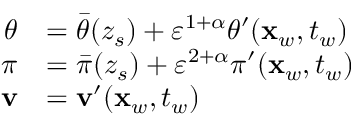
\begin{array} { r l } { \theta } & { = \bar { \theta } ( z _ { s } ) + { \varepsilon } ^ { 1 + \alpha } \theta ^ { \prime } ( \mathbf { x } _ { w } , t _ { w } ) } \\ { \pi } & { = \bar { \pi } ( z _ { s } ) + { \varepsilon } ^ { 2 + \alpha } \pi ^ { \prime } ( \mathbf { x } _ { w } , t _ { w } ) } \\ { \mathbf { v } } & { = \mathbf { v } ^ { \prime } ( \mathbf { x } _ { w } , t _ { w } ) } \end{array}